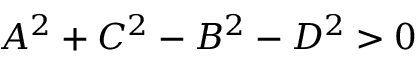
A ^ { 2 } + C ^ { 2 } - B ^ { 2 } - D ^ { 2 } > 0